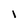
Character: I